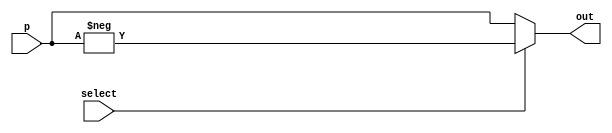
`timescale 1ns / 1ps
//////////////////////////////////////////////////////////////////////////////////
// Company: 
// Engineer: 
// 
// Design Name: 
// Module Name:    mux 
// Project Name: 
// Target Devices: 
// Tool versions: 
// Description: 
//
// Dependencies: 
//
// Revision: 
// Revision 0.01 - File Created
// Additional Comments: 
//
//////////////////////////////////////////////////////////////////////////////////
module mux( input[7:0] p,
	input select,
	output [7:0] out
    );
	 
//assign out = ((-p)* select) + (p * ~select);
assign out = (select) ? -p : p;

endmodule